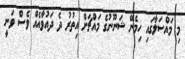
މި މައްސަލާގައި ހިމެނޭ ޝަނޫނުގެ މައްޗަށް އިތުރު ދެ ދައުވާއެއް ވެސް ވަނީ